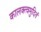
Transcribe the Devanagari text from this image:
कालक्त्वमुदितं